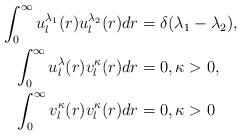
LaTeX: \begin{align*} \int_{0}^{\infty} u_{l}^{\lambda_{1}}(r) u_{l}^{\lambda_{2}}(r) dr&= \delta(\lambda_{1}-\lambda_{2}) , \\ \int_{0}^{\infty} u_{l}^{\lambda}(r) v_{l}^{\kappa}(r) dr&= 0 , \kappa >0 , \\ \int_{0}^{\infty} v_{l}^{\kappa}(r) v_{l}^{\kappa}(r) dr&= 0 , \kappa >0 \end{align*}